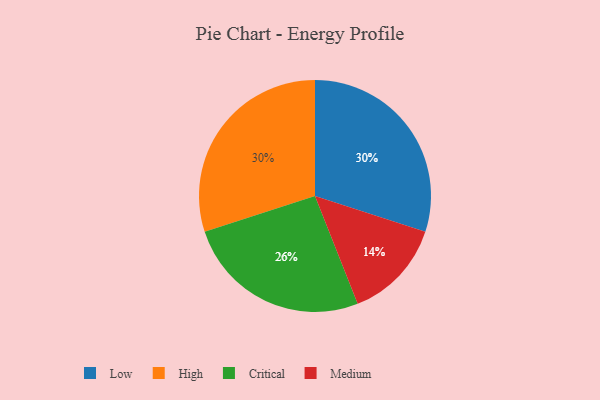
{"axis": {"x": "Category", "y": "Percentage"}, "legend": ["Critical", "High", "Low", "Medium"], "data": [{"x": "Medium", "y": 14, "type": "Medium"}, {"x": "Critical", "y": 26, "type": "Critical"}, {"x": "Low", "y": 30, "type": "Low"}, {"x": "High", "y": 30, "type": "High"}]}